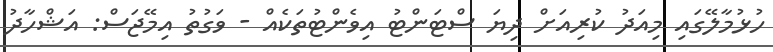
ހުޅުމާލޭގައި މިއަދު ކުރިއަށް ދިޔަ ސްޓަންޓު އިވެންޓުތަކެއް - ވަގުތު އިމޭޖަސް: އަޝްހާދު